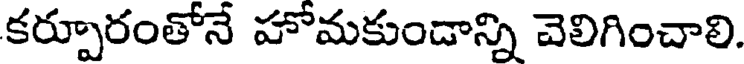
కర్పూరంతోనే హోమకుండాన్ని చెలిగించాలి.